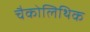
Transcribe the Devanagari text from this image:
चैकोलिथिक